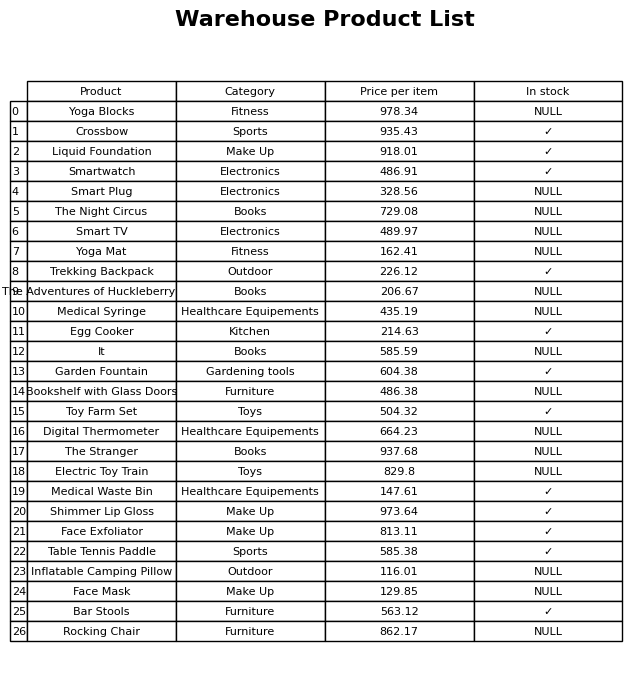
question: What is the price for Yoga Mat?
answer: The price of Yoga Mat is 162.41.